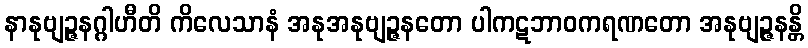
နာနုဗျဉ္ဇနဂ္ဂါဟီတိ ကိလေသာနံ အနုအနုဗျဉ္ဇနတော ပါကဋဘာဝကရဏတော အနုဗျဉ္ဇနန္တိ